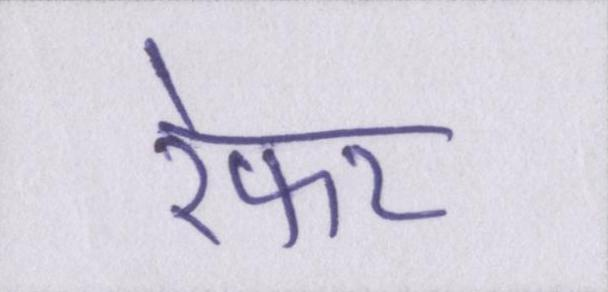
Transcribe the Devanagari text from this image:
रेफर